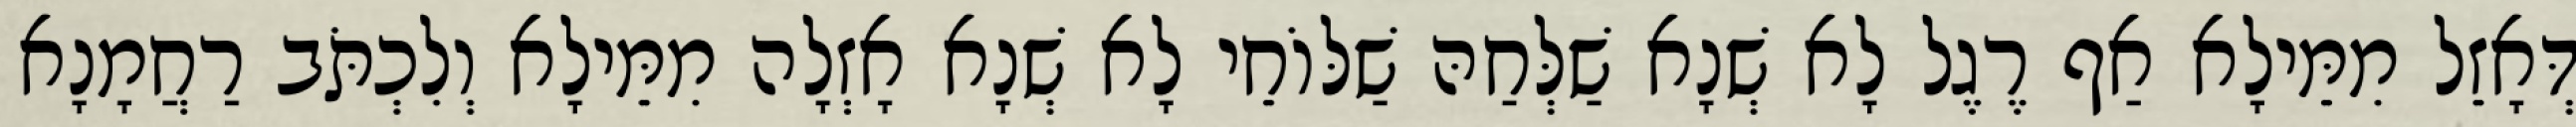
דְּאָזֵל מִמֵּילָא אַף רֶגֶל לָא שְׁנָא שַׁלְּחַהּ שַׁלּוֹחֵי לָא שְׁנָא אָזְלָה מִמֵּילָא וְלִכְתֹּב רַחֲמָנָא